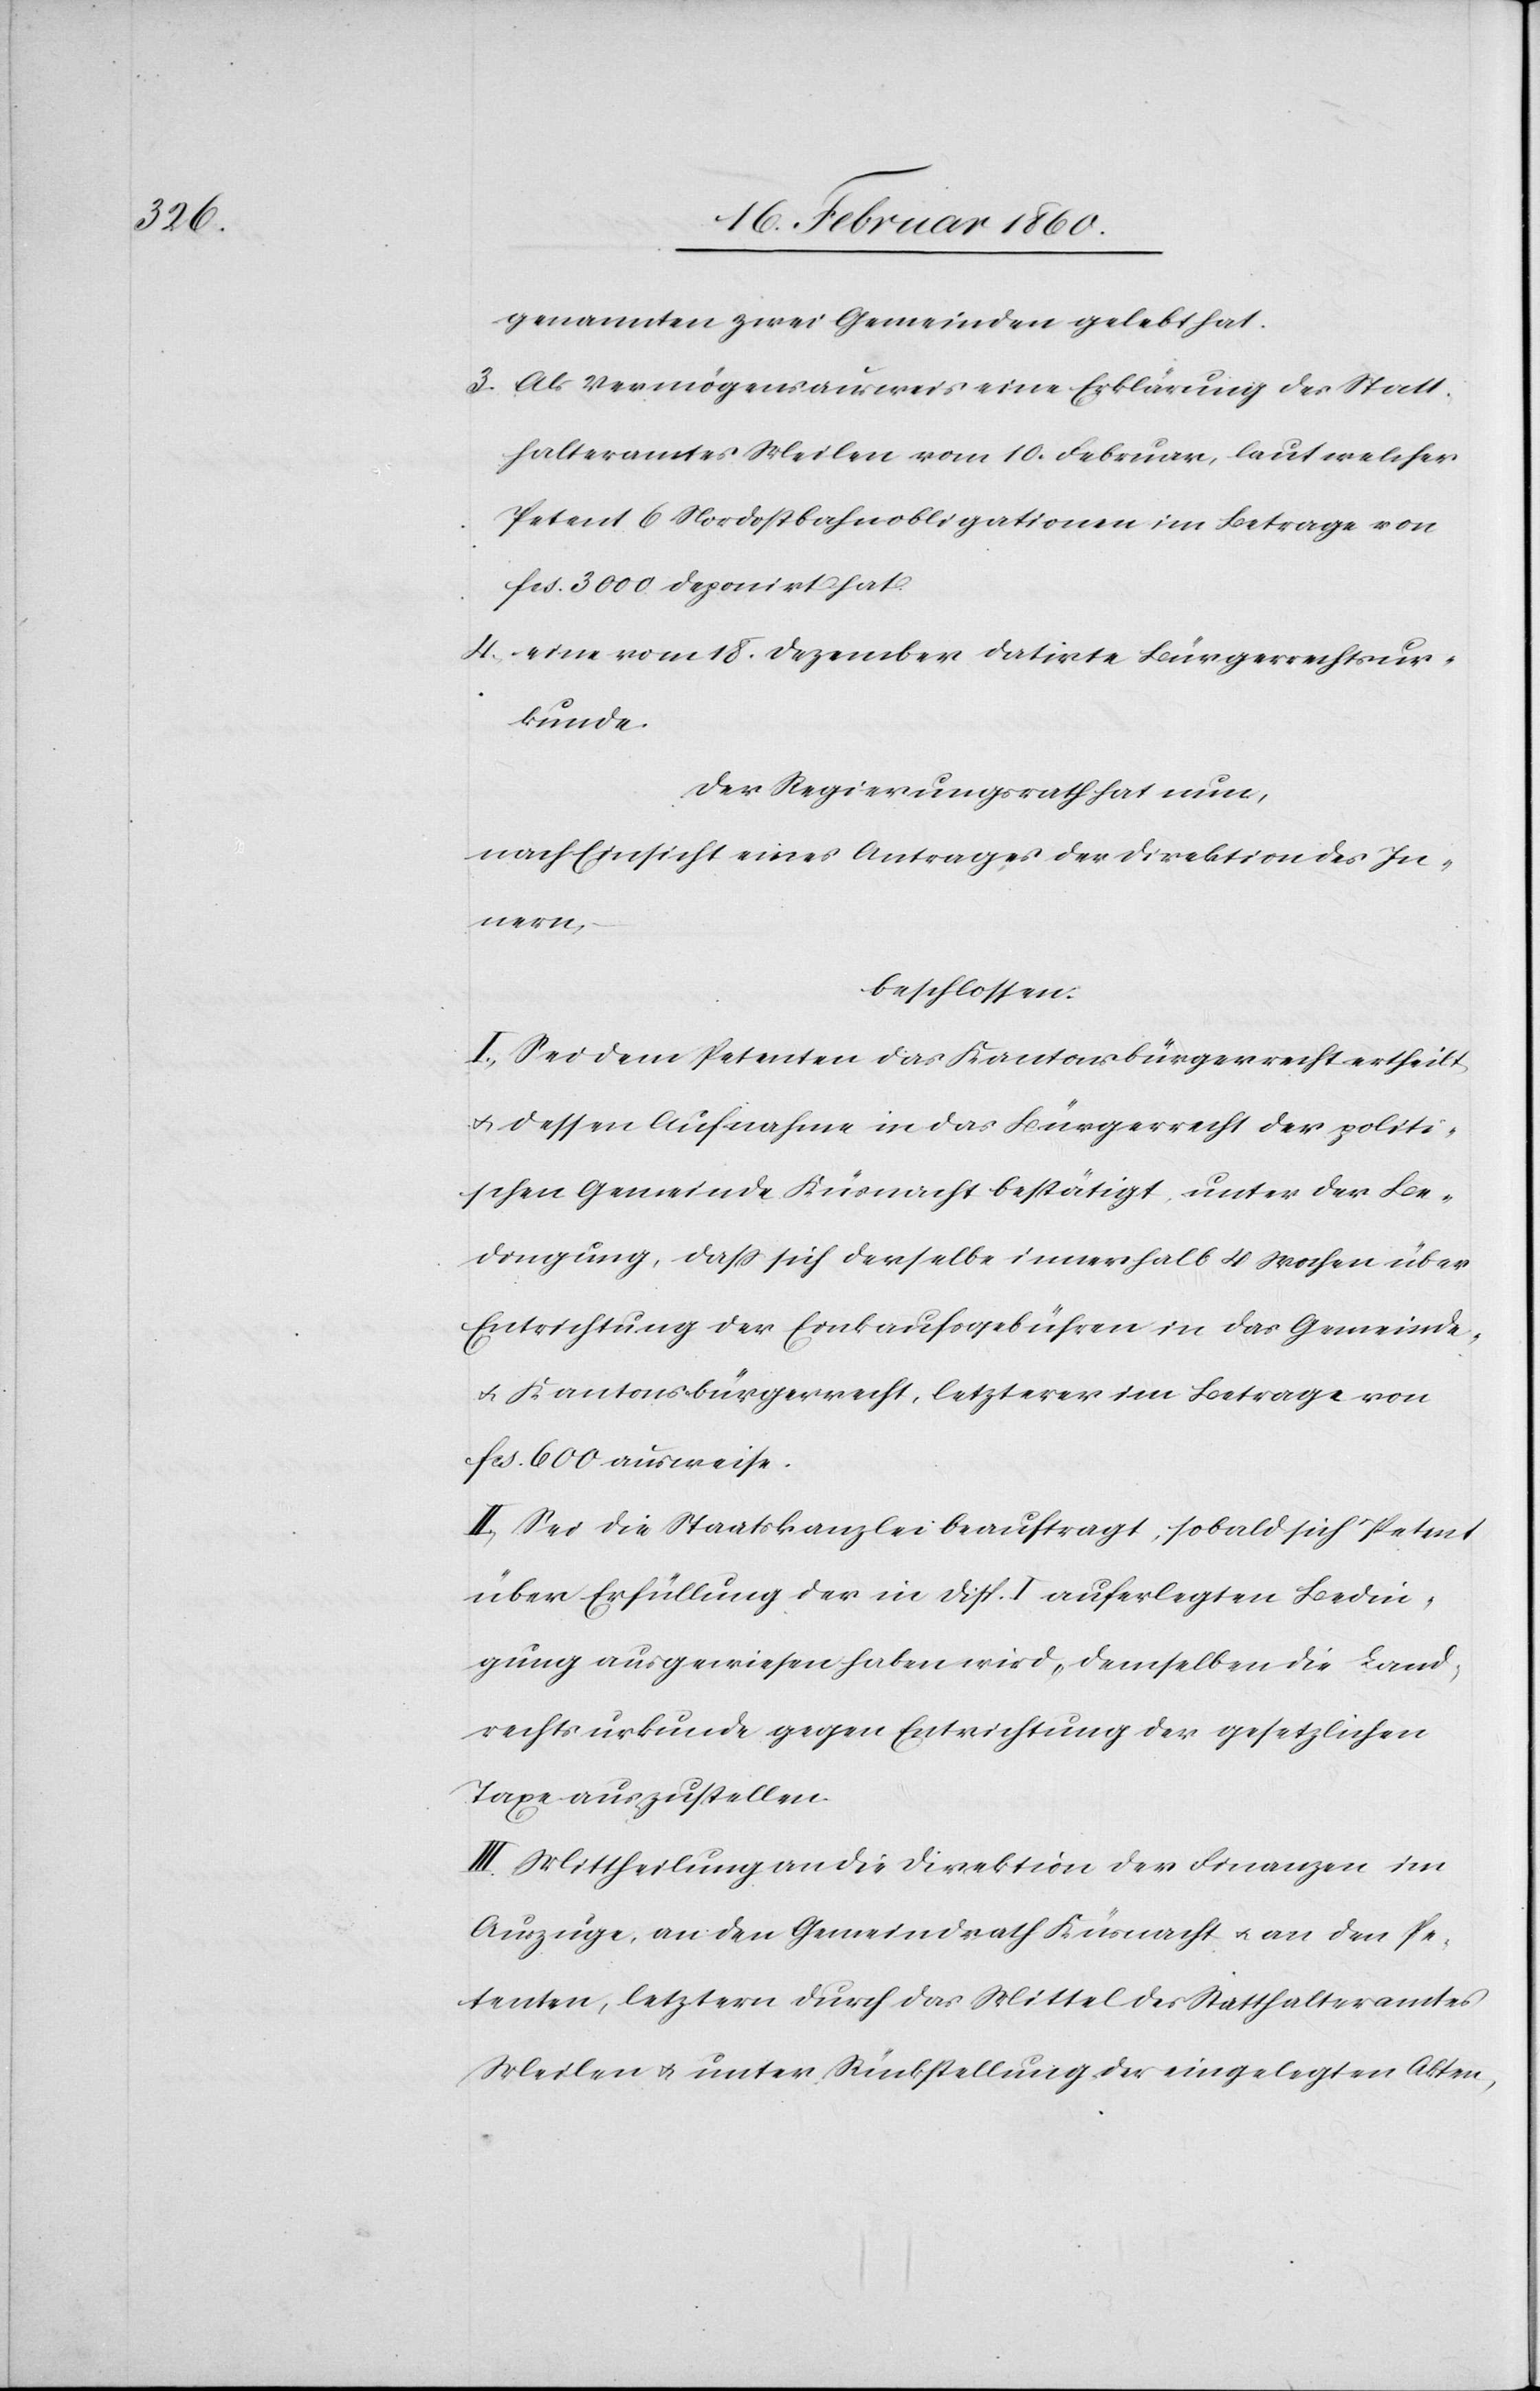
genannten zwei Gemeinden gelebt hat.
3. als Vermögensausweis eine Erklärung des Statt¬
halteramtes Meilen vom 10. Februar, laut welcher
Petent 6 Nordostbahnobligationen im Betrage von
fcs. 3000 deponirt hat.
4. eine vom 18. Dezember datirte Bürgerrechtsur¬
kunde.
Der Regierungsrath hat nun,
nach Einsicht eines Antrages der Direktion des In¬
nern,
beschlossen:
I. Sei dem Petenten das Kantonsbürgerrecht ertheilt,
u. dessen Aufnahme in das Bürgerrecht der politi¬
schen Gemeinde Küsnacht bestätigt, unter der Be¬
dingung, dass sich derselbe innerhalb 4 Wochen über
Entrichtung der Einkaufsgebühren in das Gemeinde-
u. Kantonsbürgerrecht, letzteres im Betrage von
fcs. 600 ausweise.
II. Sei die Staatskanzlei beauftragt, sobald sich Petent
über Erfüllung der in Disp. I. auferlegten Bedin¬
gung ausgewiesen haben wird, demselben die Land¬
rechtsurkunde gegen Entrichtung der gesetzlichen
Taxe auszustellen.
III. Mittheilung an die Direktion der Finanzen im
Auszuge, an den Gemeindrath Küsnacht u. an den Pe¬
tenten, letztern durch das Mittel des Statthalteramtes
Meilen u. unter Rückstellung der eingelegten Akten,